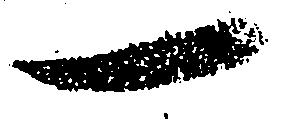
一